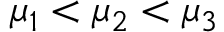
\mu _ { 1 } < \mu _ { 2 } < \mu _ { 3 }